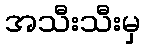
အသီးသီးမှ